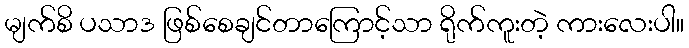
မျက်စိ ပသာဒ ဖြစ်စေချင်တာကြောင့်သာ ရိုက်ကူးတဲ့ ကားလေးပါ။